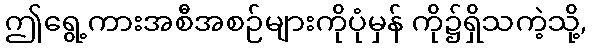
ဤရွေ့ကားအစီအစဉ်များကိုပုံမှန် ကို၌ရှိသကဲ့သို့,